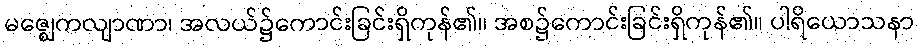
မဇ္ဈေကလျာဏာ၊ အလယ်၌ကောင်းခြင်းရှိကုန်၏။ အစ၌ကောင်းခြင်းရှိကုန်၏။ ပါရိယောသနာ